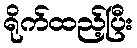
ရိုက်ထည့်ပြီး